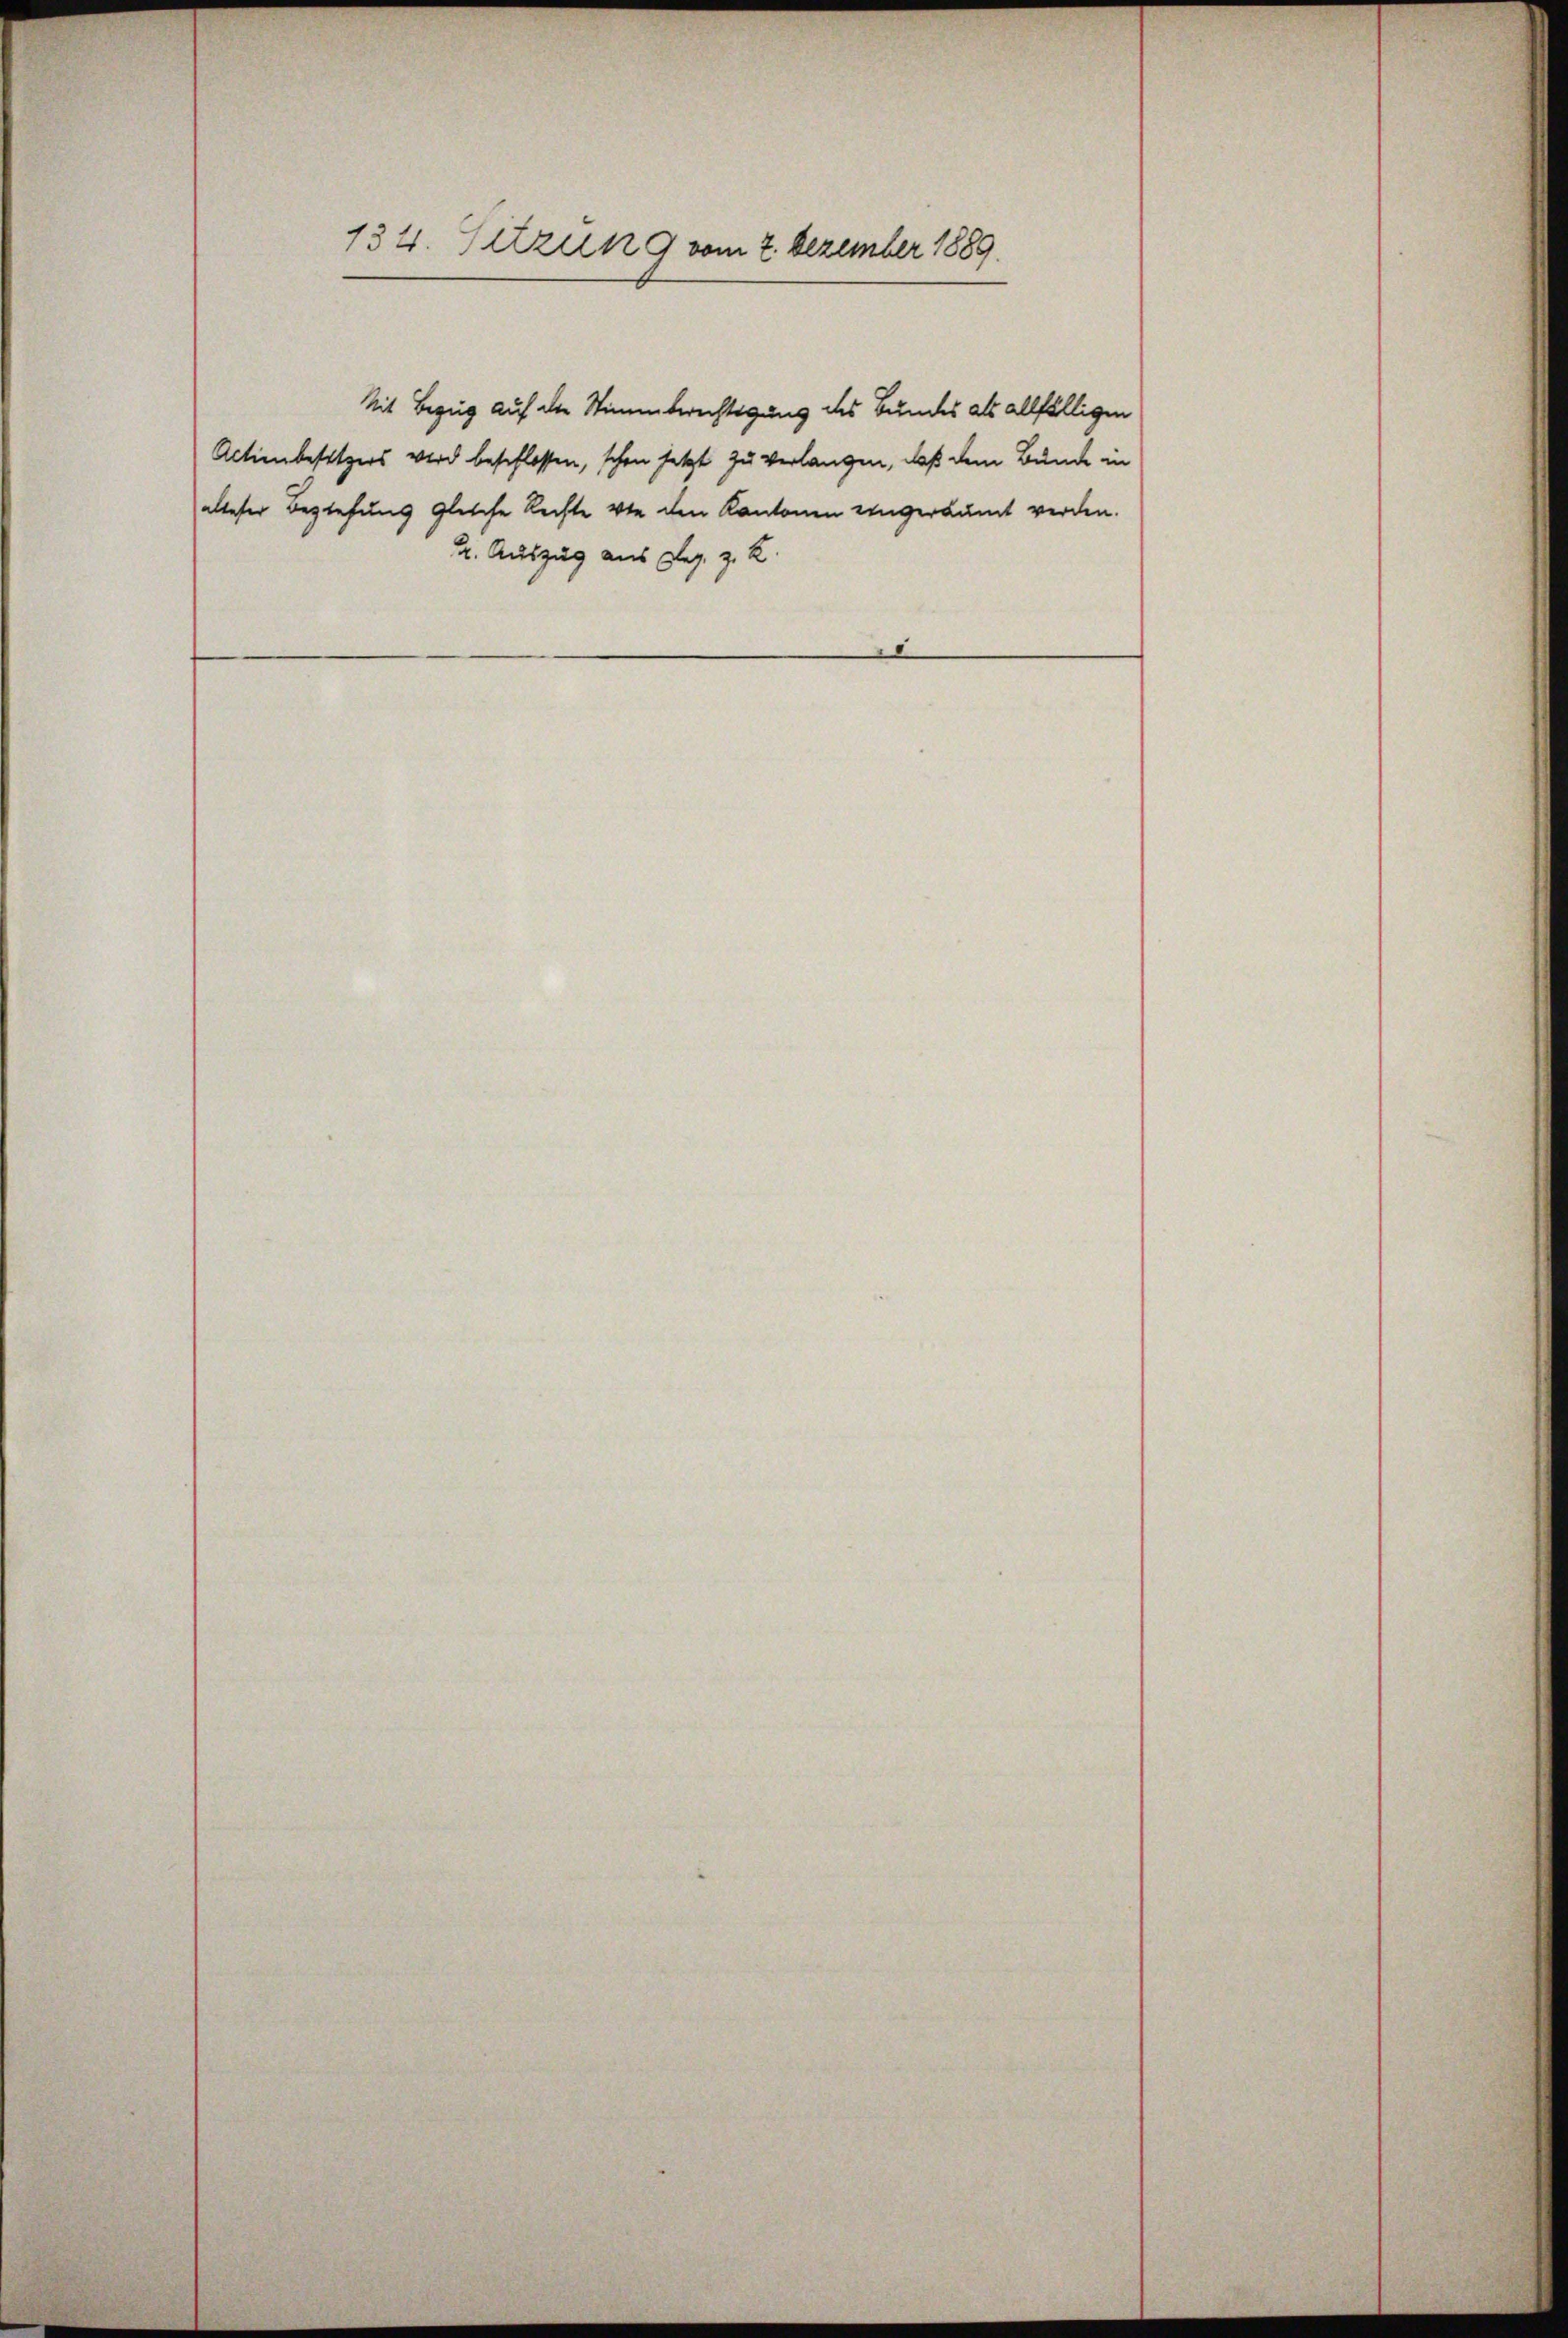
134. Sitzung vom 7. Dezember 1889.

2. Auszug aus Reg. z. Z.

Mit Bezug auf die Stimmberechtigung des Bundes als allfälligen
Actienbesitzers wird beschlossen, schon jetzt zu verlangen, daß dem Bunde in
alleser Beziehung gleiche Rechte von den Kantonen eingeräumt werden.